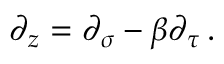
\partial _ { z } = \partial _ { \sigma } - \beta \partial _ { \tau } \, .